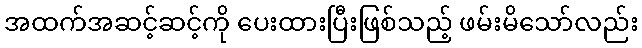
အထက်အဆင့်ဆင့်ကို ပေးထားပြီးဖြစ်သည့် ဖမ်းမိသော်လည်း